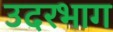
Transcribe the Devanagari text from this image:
उदरभाग